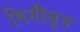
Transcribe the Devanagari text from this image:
गिनीतून